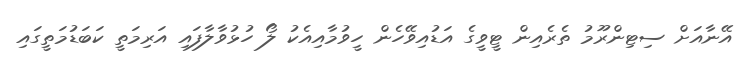
އޭނާއަށް ސިޓިންރޫމު ތެރެއިން ޓީވީގެ އަޑުއިވޭހެން ހީވުމާއިއެކު ލޯ ހުޅުވާލާފައި އަރިމަތީ ކަބަޑުމަތީގައި